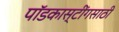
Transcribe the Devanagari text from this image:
पॉडकास्टींगसाठी